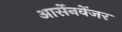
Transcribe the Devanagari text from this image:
आर्सेनवेंजर